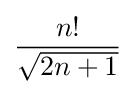
{\frac {n!}{\sqrt {2n+1}}}